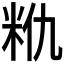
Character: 𮇈